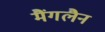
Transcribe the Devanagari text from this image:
मैंगलैन